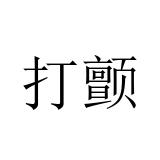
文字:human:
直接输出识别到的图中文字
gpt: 打颤